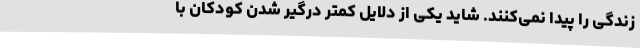
زندگی را پیدا نمی‌کنند. شاید یکی از دلایل کمتر درگیر شدن کودکان با